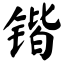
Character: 锴